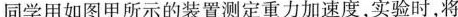
同学用如图甲所示的装置测定重力加速度，实验时，将